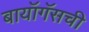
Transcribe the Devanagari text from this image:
बायॉगॅसची